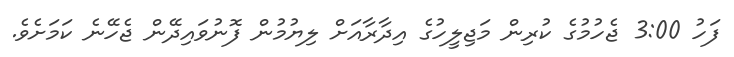
ފަހު 3:00 ޖެހުމުގެ ކުރިން މަޖިލީހުގެ އިދާރާއަށް ލިޔުމުން ފޮނުވައިދޭން ޖެހޭނެ ކަމަށެވެ.